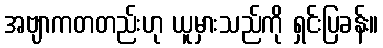
အဗျာကတတည်းဟု ယူမှားသည်ကို ရှင်းပြခန်း။